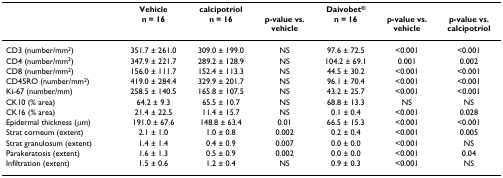
<table><thead><tr><td></td><td><b>Vehicle</b></td><td><b>calcipotriol</b></td><td></td><td><b>Daivobet<sup>®</sup></b></td><td></td><td></td></tr><tr><td></td><td><b>n = 16</b></td><td><b>n = 16</b></td><td><b>p-value vs.vehicle</b></td><td><b>n = 16</b></td><td><b>p-value vs.vehicle</b></td><td><b>p-value vs.calcipotriol</b></td></tr></thead><tbody><tr><td>CD3 (number/mm<sup>2</sup>)</td><td>351.7 ± 261.0</td><td>309.0 ± 199.0</td><td>NS</td><td>97.6 ± 72.5</td><td>&lt;0.001</td><td>&lt;0.001</td></tr><tr><td>CD4 (number/mm<sup>2</sup>)</td><td>347.9 ± 221.7</td><td>289.2 ± 128.9</td><td>NS</td><td>104.2 ± 69.1</td><td>0.001</td><td>0.002</td></tr><tr><td>CD8 (number/mm<sup>2</sup>)</td><td>156.0 ± 111.7</td><td>152.4 ± 113.3</td><td>NS</td><td>44.5 ± 30.2</td><td>&lt;0.001</td><td>&lt;0.001</td></tr><tr><td>CD45RO (number/mm<sup>2</sup>)</td><td>419.0 ± 284.4</td><td>329.9 ± 201.7</td><td>NS</td><td>96.1 ± 70.4</td><td>&lt;0.001</td><td>&lt;0.001</td></tr><tr><td>Ki-67 (number/mm)</td><td>258.5 ± 140.5</td><td>165.8 ± 107.5</td><td>NS</td><td>43.2 ± 25.7</td><td>&lt;0.001</td><td>&lt;0.001</td></tr><tr><td>CK10 (% area)</td><td>64.2 ± 9.3</td><td>65.5 ± 10.7</td><td>NS</td><td>68.8 ± 13.3</td><td>NS</td><td>NS</td></tr><tr><td>CK16 (% area)</td><td>21.4 ± 22.5</td><td>11.4 ± 15.7</td><td>NS</td><td>0.1 ± 0.4</td><td>&lt;0.001</td><td>0.028</td></tr><tr><td>Epidermal thickness (μm)</td><td>191.0 ± 67.6</td><td>148.8 ± 63.4</td><td>0.01</td><td>66.5 ± 15.3</td><td>&lt;0.001</td><td>&lt;0.001</td></tr><tr><td>Strat corneum (extent)</td><td>2.1 ± 1.0</td><td>1.0 ± 0.8</td><td>0.002</td><td>0.2 ± 0.4</td><td>&lt;0.001</td><td>0.005</td></tr><tr><td>Strat granulosum (extent)</td><td>1.4 ± 1.4</td><td>0.4 ± 0.9</td><td>0.007</td><td>0.0 ± 0.0</td><td>&lt;0.001</td><td>NS</td></tr><tr><td>Parakeratosis (extent)</td><td>1.6 ± 1.3</td><td>0.5 ± 0.9</td><td>0.002</td><td>0.0 ± 0.0</td><td>&lt;0.001</td><td>0.04</td></tr><tr><td>Infiltration (extent)</td><td>1.5 ± 0.6</td><td>1.2 ± 0.4</td><td>NS</td><td>0.9 ± 0.3</td><td>&lt;0.001</td><td>NS</td></tr></tbody></table>